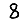
Digit: 8